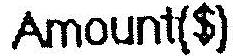
AMOUNT($)